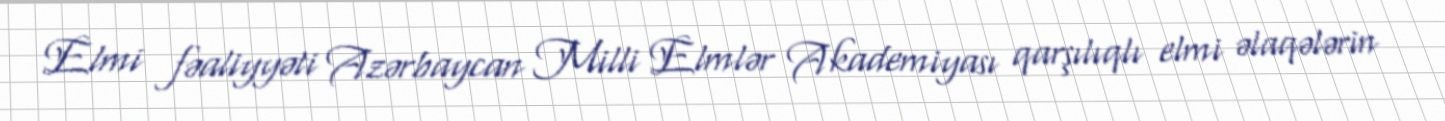
Elmi fəaliyyəti Azərbaycan Milli Elmlər Akademiyası qarşılıqlı elmi əlaqələrin